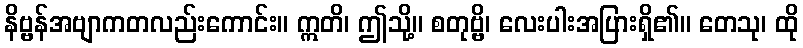
နိဗ္ဗန်အဗျာကတလည်းကောင်း။ ဣတိ၊ ဤသို့။ စတုဗ္ဗိ၊ လေးပါးအပြားရှိ၏။ တေသု၊ ထို